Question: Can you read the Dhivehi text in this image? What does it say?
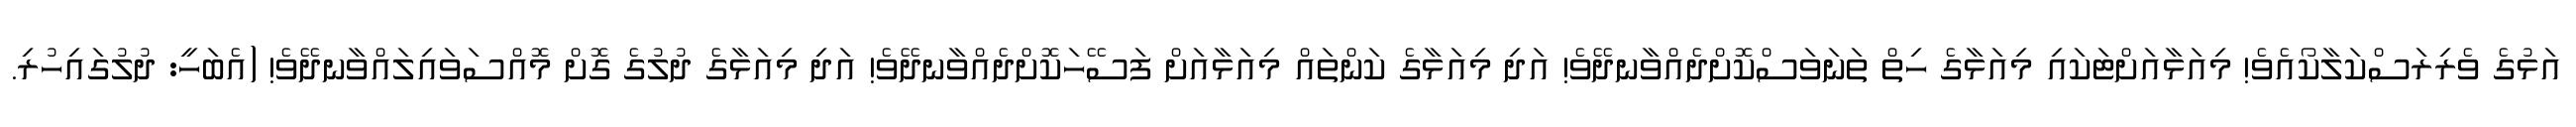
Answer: އަޅުގެ ވެރިރަސްކަލާކޯއެވެ! މިއަޅާއަށްޓަކައި މިއަޅާގެ ހިތް ތަނަވަސްކޮށްދެއްވާނދޭވެ! އަދި މިއަޅާގެ ކަންތައް މިއަޅާއަށް ފަސޭހަކޮށްދެއްވާނދޭވެ! އަދި މިއަޅާގެ ދުލުގެ ގޮށް މޮއްސަވައިލައްވާނދޭވެ! (އެބަހީ: ދުލުގައިހުރި.